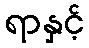
ရာနှင့်